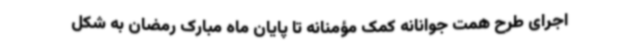
اجرای طرح همت جوانانه کمک مؤمنانه تا پایان ماه مبارک رمضان به شکل